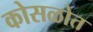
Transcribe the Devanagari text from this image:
कोसळोत